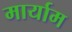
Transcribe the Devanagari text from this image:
मार्याम